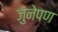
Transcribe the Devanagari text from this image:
जुनेपण